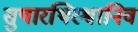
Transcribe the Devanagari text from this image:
सुषारथिरश्वानिव